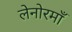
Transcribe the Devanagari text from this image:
लेनोरमाँ